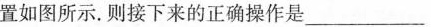
置如图所示。则接下来的正确操作是___